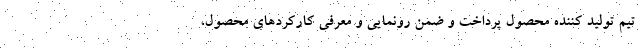
تیم تولید کننده محصول پرداخت و ضمن رونمایی و معرفی کارکردهای محصول،